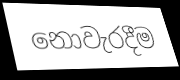
නොවැරදීම